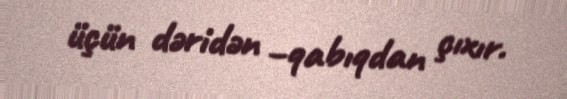
üçün dəridən –qabıqdan çıxır.